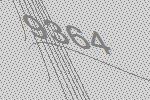
9364